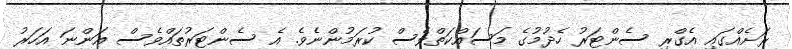
ރަށެއްގައި އެގްރި ސެންޓަރު ހެދުމުގެ މަސައްކަތްވެސް ކުރަމުންނެވެ. އެ ސެންޓަރުތައްވެސް އަންނަ އަހަރު